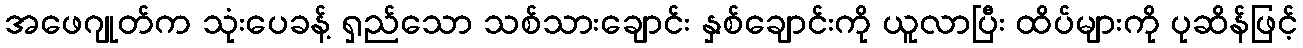
အဖေဂျုတ်က သုံးပေခန့် ရှည်သော သစ်သားချောင်း နှစ်ချောင်းကို ယူလာပြီး ထိပ်များကို ပုဆိန်ဖြင့်